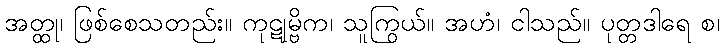
အတ္ထု၊ ဖြစ်စေသတည်း။ ကုဋုမ္ဗိက၊ သူကြွယ်။ အဟံ၊ ငါသည်။ ပုတ္တဒါရေ စ၊